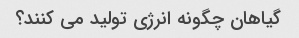
گیاهان چگونه انرژی تولید می کنند؟